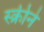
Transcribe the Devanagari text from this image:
स्क्रीने